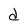
Character: d